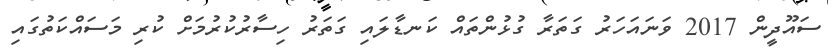
ސައޫދީން 2017 ވަނައަހަރު ގަތަރާ ގުޅުންތައް ކަނޑާލައި ގަތަރު ހިސާރުކުރުމަށް ކުރި މަސައްކަތުގައި